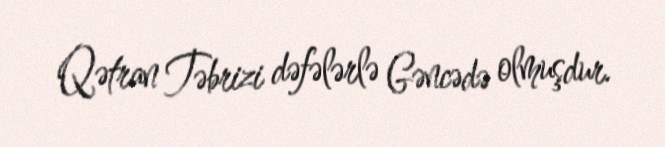
Qətran Təbrizi dəfələrlə Gəncədə olmuşdur.